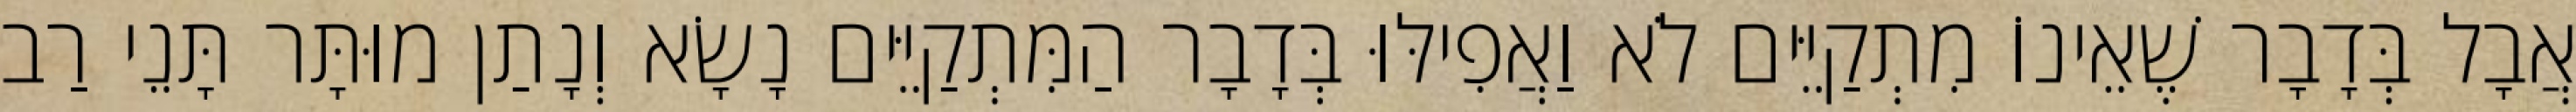
אֲבָל בְּדָבָר שֶׁאֵינוֹ מִתְקַיֵּים לֹא וַאֲפִילּוּ בְּדָבָר הַמִּתְקַיֵּים נָשָׂא וְנָתַן מוּתָּר תָּנֵי רַב